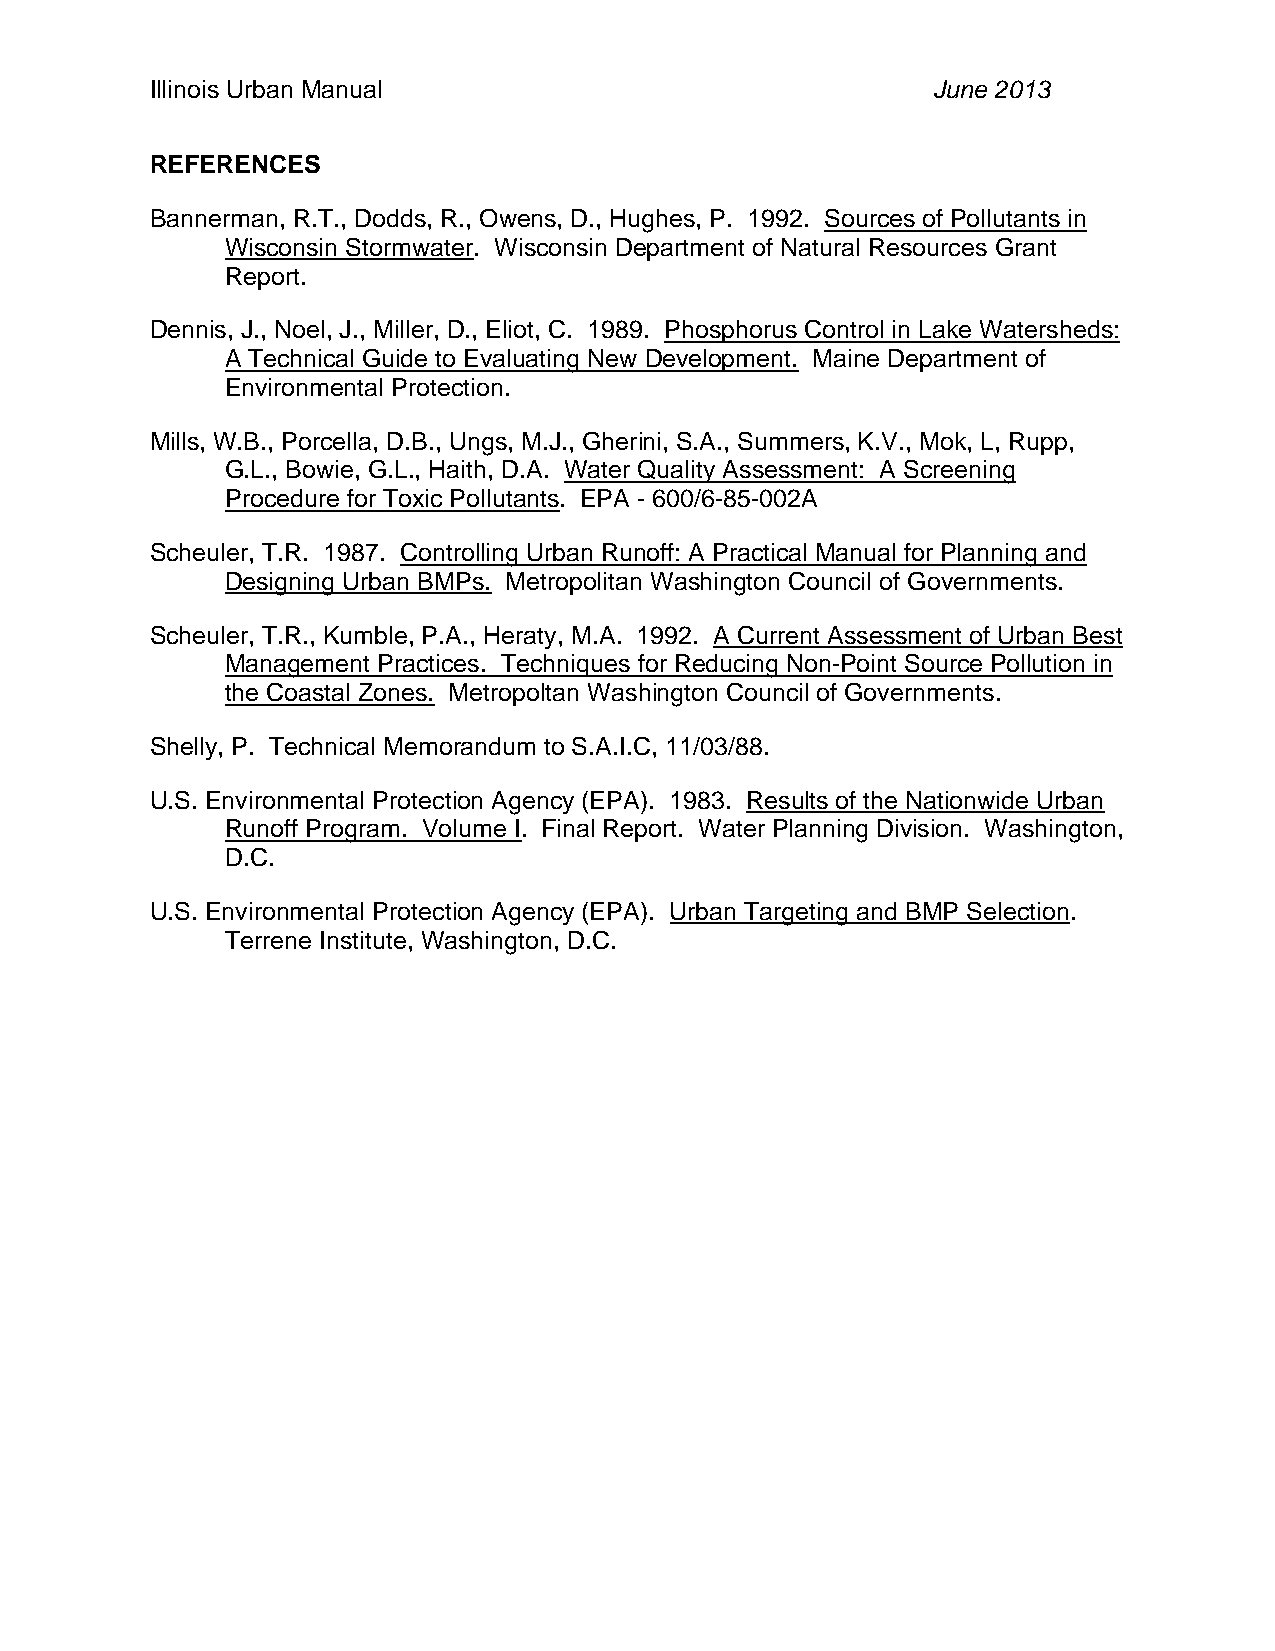
Illinois Urban Manual                               June 2013
 REFERENCES
 Bannerman, R.T., Dodds, R., Owens, D., Hughes, P. 1992. Sources of Pollutants in
 Wisconsin Stormwater. Wisconsin Department of Natural Resources Grant
 Report.
 Dennis, J., Noel, J., Miller, D., Eliot, C. 1989. Phosphorus Control in Lake Watersheds:
 A Technical Guide to Evaluating New Development. Maine Department of
 Environmental Protection.
 Mills, W.B., Porcella, D.B., Ungs, M.J., Gherini, S.A., Summers, K.V., Mok, L, Rupp,
 G.L., Bowie, G.L., Haith, D.A. Water Quality Assessment: A Screening
 Procedure for Toxic Pollutants. EPA - 600/6-85-002A
 Scheuler, T.R. 1987. Controlling Urban Runoff: A Practical Manual for Planning and
 Designing Urban BMPs. Metropolitan Washington Council of Governments.
 Scheuler, T.R., Kumble, P.A., Heraty, M.A. 1992. A Current Assessment of Urban Best
 Management Practices. Techniques for Reducing Non-Point Source Pollution in
 the Coastal Zones. Metropoltan Washington Council of Governments.
 Shelly, P. Technical Memorandum to S.A.I.C, 11/03/88.
 U.S. Environmental Protection Agency (EPA). 1983. Results of the Nationwide Urban
 Runoff Program. Volume I. Final Report. Water Planning Division. Washington,
 D.C.
 U.S. Environmental Protection Agency (EPA). Urban Targeting and BMP Selection.
 Terrene Institute, Washington, D.C.